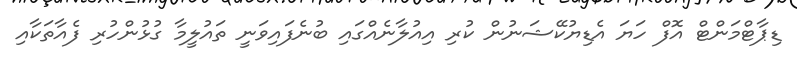
ޑިޕާޓްމަންޓް އޮފް ހަޔަ އެޑިޔުކޭޝަނުން ކުރި އިއުލާނެއްގައި ބުނެފައިވަނީ ތައުލީމާ ގުޅުންހުރި ފެއާތަކާއި